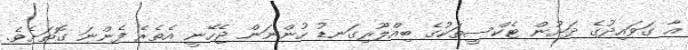
އާ ގަވައިދުގެ ދަށުން ޓެކްސީތަކުގެ ބިއްލޫރިގަނޑު ހުންނަން ޖެހޭނީ އެތެރެ ފެންނަ ގޮތަށެވެ.